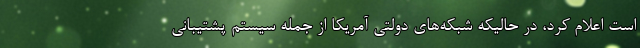
است اعلام کرد، در حالیکه شبکه‌های دولتی آمریکا از جمله سیستم پشتیبانی